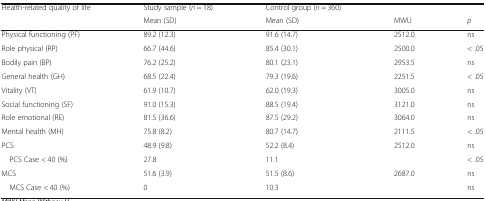
<table><thead><tr><td><b>Health-related quality of life</b></td><td><b>Study sample (<i>n</i> = 18)</b></td><td><b>Control group (<i>n</i> = 360)</b></td><td></td><td></td></tr><tr><td></td><td><b>Mean (SD)</b></td><td><b>Mean (SD)</b></td><td><b>MWU</b></td><td><b><i>p</i></b></td></tr></thead><tbody><tr><td>Physical functioning (PF)</td><td>89.2 (12.3)</td><td>91.6 (14.7)</td><td>2512.0</td><td>ns</td></tr><tr><td>Role physical (RP)</td><td>66.7 (44.6)</td><td>85.4 (30.1)</td><td>2500.0</td><td>&lt; .05</td></tr><tr><td>Bodily pain (BP)</td><td>76.2 (25.2)</td><td>80.1 (23.1)</td><td>2953.5</td><td>ns</td></tr><tr><td>General health (GH)</td><td>68.5 (22.4)</td><td>79.3 (19.6)</td><td>2251.5</td><td>&lt; .05</td></tr><tr><td>Vitality (VT)</td><td>61.9 (10.7)</td><td>62.0 (19.3)</td><td>3005.0</td><td>ns</td></tr><tr><td>Social functioning (SF)</td><td>91.0 (15.3)</td><td>88.5 (19.4)</td><td>3121.0</td><td>ns</td></tr><tr><td>Role emotional (RE)</td><td>81.5 (36.6)</td><td>87.5 (29.2)</td><td>3064.0</td><td>ns</td></tr><tr><td>Mental health (MH)</td><td>75.8 (8.2)</td><td>80.7 (14.7)</td><td>2111.5</td><td>&lt; .05</td></tr><tr><td>PCS</td><td>48.9 (9.8)</td><td>52.2 (8.4)</td><td>2512.0</td><td>ns</td></tr><tr><td> PCS Case &lt; 40 (%)</td><td>27.8</td><td>11.1</td><td></td><td>&lt; .05</td></tr><tr><td>MCS</td><td>51.6 (3.9)</td><td>51.5 (8.6)</td><td>2687.0</td><td>ns</td></tr><tr><td> MCS Case &lt; 40 (%)</td><td>0</td><td>10.3</td><td></td><td>ns</td></tr></tbody></table>